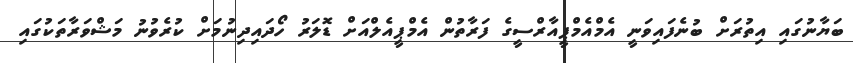
ބަޔާނުގައި އިތުރަށް ބުނެފައިވަނީ އެމްއެމްޕީއާރްސީގެ ފަރާތުން އެމްޕީއެލްއަށް ޑޮލަރު ހޯދައިދިނުމަށް ކުރެވުނު މަޝްވަރާތަކުގައި